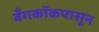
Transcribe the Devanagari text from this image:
बँगकॉकपासून